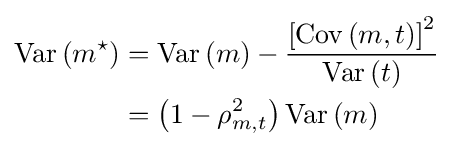
{\begin{aligned}{\textrm {Var}}\left(m^{\star }\right)&={\textrm {Var}}\left(m\right)-{\frac {\left[{\textrm {Cov}}\left(m,t\right)\right]^{2}}{{\textrm {Var}}\left(t\right)}}\\&=\left(1-\rho _{m,t}^{2}\right){\textrm {Var}}\left(m\right)\end{aligned}}